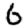
Digit: 6